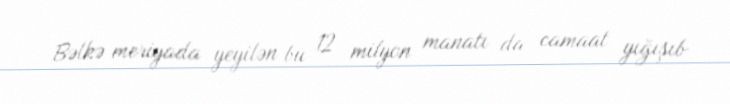
Bəlkə meriyada yeyilən bu 12 milyon manatı da camaat yığışıb